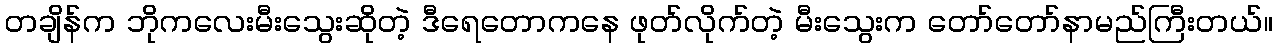
တချိန်က ဘိုကလေးမီးသွေးဆိုတဲ့ ဒီရေတောကနေ ဖုတ်လိုက်တဲ့ မီးသွေးက တော်တော်နာမည်ကြီးတယ်။